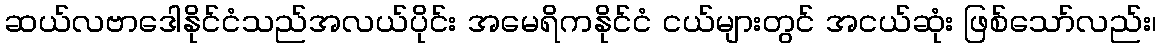
ဆယ်လဗာဒေါနိုင်ငံသည်အလယ်ပိုင်း အမေရိကနိုင်ငံ ငယ်များတွင် အငယ်ဆုံး ဖြစ်သော်လည်း၊